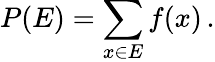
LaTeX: P(E)=\sum_{x\in E}f(x)\, .